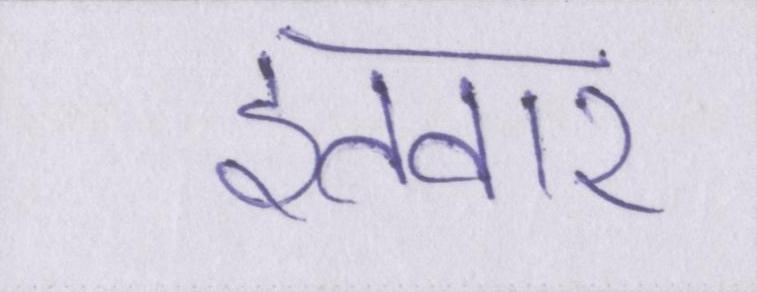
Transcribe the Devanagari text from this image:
इतवार